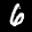
Label: 6